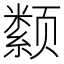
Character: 颣